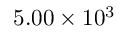
5 . 0 0 \times 1 0 ^ { 3 }